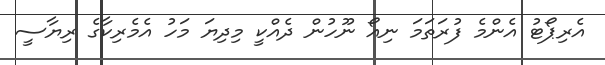
އެރިޕޯޓު އެންމެ ފުރަތަމަ ނިއޯ ނޫހުން ދެއްކީ މިދިޔަ މަހު އެމެރިކާގެ ރިޔާސީ